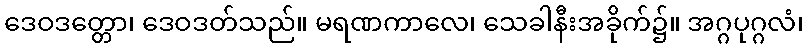
ဒေဝဒတ္တော၊ ဒေဝဒတ်သည်။ မရဏကာလေ၊ သေခါနီးအခိုက်၌။ အဂ္ဂပုဂ္ဂလံ၊